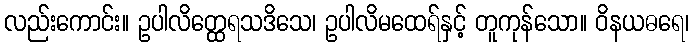
လည်းကောင်း။ ဥပါလိတ္ထေရသဒိသေ၊ ဥပါလိမထေရ်နှင့် တူကုန်သော။ ဝိနယဓရေ၊